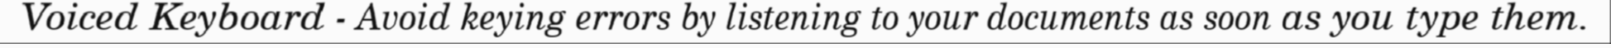
Voiced Keyboard - Avoid keying errors by listening to your documents as soon as you type them.